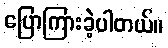
ပြောကြားခဲ့ပါတယ်။